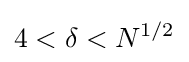
4<\delta <N^{1/2}